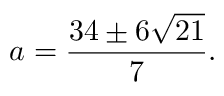
a = { \frac { 3 4 \pm 6 { \sqrt { 2 1 } } } { 7 } } .